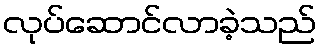
လုပ်ဆောင်လာခဲ့သည်